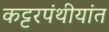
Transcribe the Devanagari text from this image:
कट्टरपंथीयांत